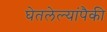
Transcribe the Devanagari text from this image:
घेतलेल्यांपैकी